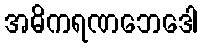
အဓိကရဏဘေဒေါ